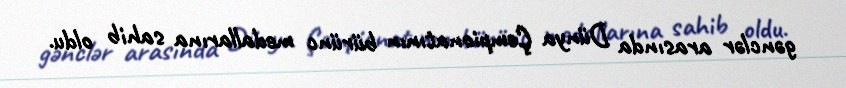
gənclər arasında Dünya Çempionatının bürünc medallarına sahib oldu.